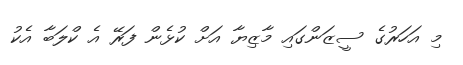
މި އަހަރުގެ ސީޒަންގައި މާޒިޔާ އަށް ކުޅެން ފަރޭ އެ ކްލަބާ އެކު